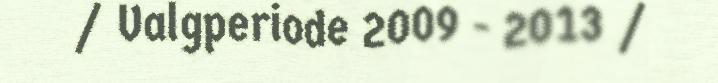
/ Valgperiode 2009 - 2013 /